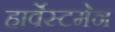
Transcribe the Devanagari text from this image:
हार्वेस्टमेन